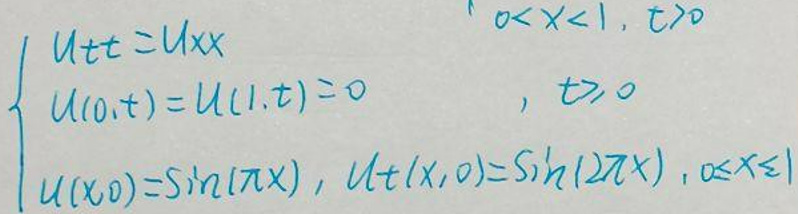
\begin{cases}
u_{tt} = u_{xx} & 0 < x < 1, t>0\\
u(0,t)=u(1,t)=0 &, t\geq0\\
u(x,0)=\sin(\pi x), u_t(x,0)=\sinh(2\pi x) &, 0\leq x\leq1
\end{cases}